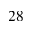
_ { 2 8 }